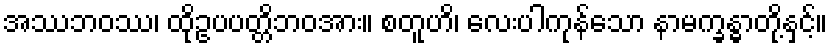
အဿဘဝဿ၊ ထိုဥပပတ္တိဘဝအား။ စတူဟိ၊ လေးပါကုန်သော နာမက္ခန္ဓာတို့နှင့်။